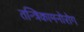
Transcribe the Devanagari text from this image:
तन्त्रिकामनोरोग